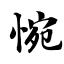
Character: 惋